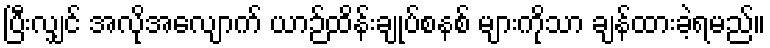
ပြီးလျှင် အလိုအလျောက် ယာဉ်ထိန်းချုပ်စနစ် များကိုသာ ချန်ထားခဲ့ရမည်။